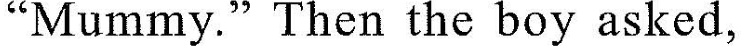
"Mummy." Then the boy asked,